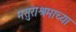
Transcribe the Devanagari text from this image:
मसुराश्रमाच्या